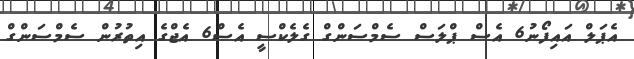
އެޕަލް އައިފޯނު6 އެސް ޕްލަސް ސެމްސަންގް ގެލެކްސީ އެސް6 އެޖްގެ އިތުރުން ސެމްސަންގް